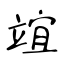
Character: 竩